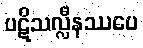
ပဋိသလ္လီနဿပေ